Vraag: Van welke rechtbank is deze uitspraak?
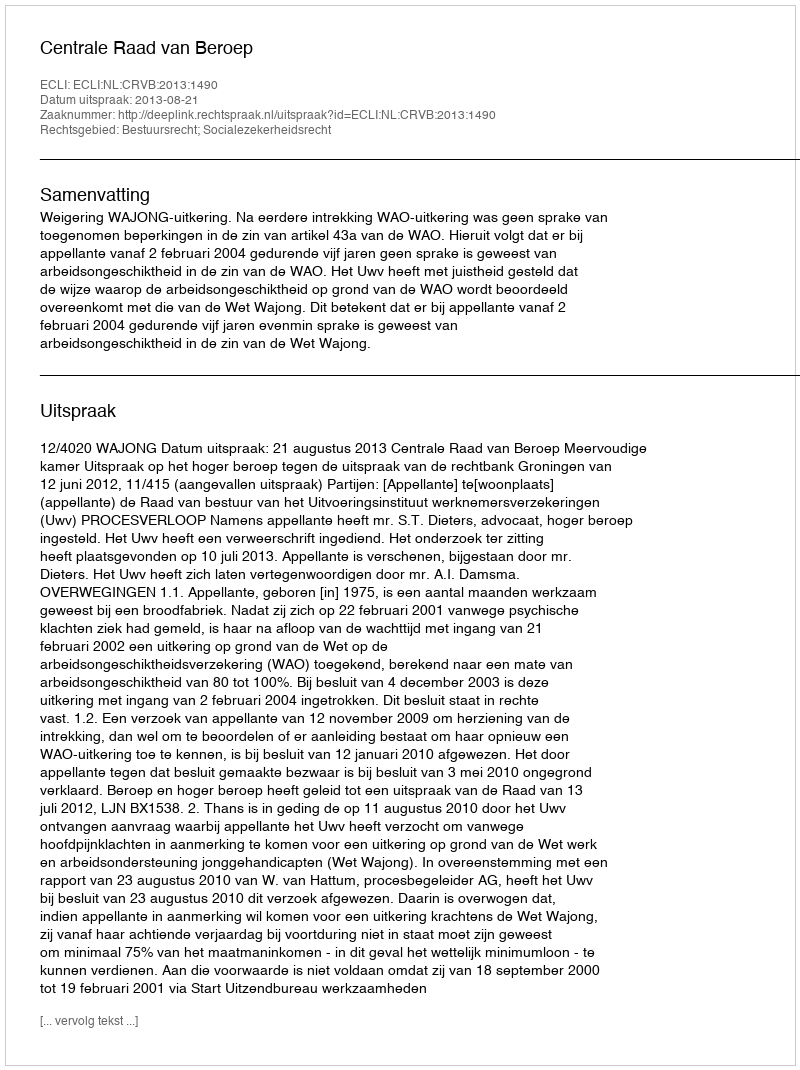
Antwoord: Centrale Raad van Beroep